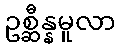
ဥစ္ဆီန္နမူလာ